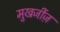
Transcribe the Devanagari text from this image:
मुखर्जीज़